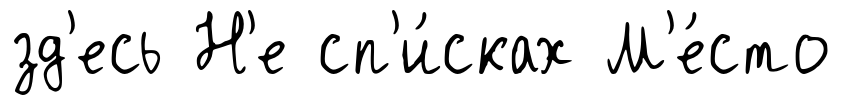
зд'есь Н'е сп'и́сках М'е́сто